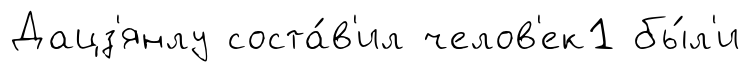
Дацз'янлу соста́в'ил челов'ек1 бы́л'и